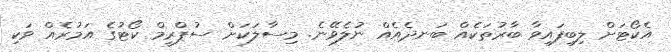
އެކޯޓަށް ލިބިފައިވާ ބާރުތަކެއް ބަނދެއެއް ނުލެވޭނެ. މިސާލަކަށް ސުޕްރީމް ކޯޓުގެ އަމުރެއް ވަކި